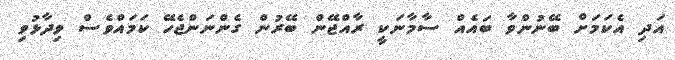
އަދި އެކަމަށް ބޭނުންވާ ބައެއް ސާމާނަކީ ރާއްޖޭން ބޭރުން ގެންނަންޖެހޭ ކަމައްވެސް ވިދާޅުވި